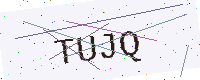
Text: TUJQ